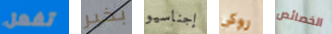
تفعل بخير إجناسيو روكى الخصائص